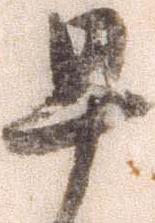
早